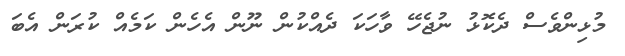
މުޅިންވެސް ދެކޮޅު ނުޖެހޭ ވާހަކަ ދެއްކުން ނޫން އެހެން ކަމެއް ކުރަން އެބަ